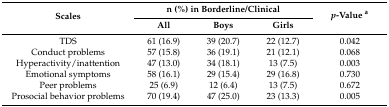
<table><thead><tr><td rowspan="2"><b>Scales</b></td><td colspan="3"><b>n (%) in Borderline/Clinical</b></td><td rowspan="2"><b><i>p</i>-Value <sup>a</sup></b></td></tr><tr><td><b>All</b></td><td><b>Boys</b></td><td><b>Girls</b></td></tr></thead><tbody><tr><td>TDS</td><td>61 (16.9)</td><td>39 (20.7)</td><td>22 (12.7)</td><td>0.042</td></tr><tr><td>Conduct problems</td><td>57 (15.8)</td><td>36 (19.1)</td><td>21 (12.1)</td><td>0.068</td></tr><tr><td>Hyperactivity/inattention</td><td>47 (13.0)</td><td>34 (18.1)</td><td>13 (7.5)</td><td>0.003</td></tr><tr><td>Emotional symptoms</td><td>58 (16.1)</td><td>29 (15.4)</td><td>29 (16.8)</td><td>0.730</td></tr><tr><td>Peer problems</td><td>25 (6.9)</td><td>12 (6.4)</td><td>13 (7.5)</td><td>0.672</td></tr><tr><td>Prosocial behavior problems</td><td>70 (19.4)</td><td>47 (25.0)</td><td>23 (13.3)</td><td>0.005</td></tr></tbody></table>